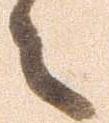
々